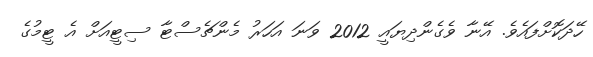
ހޭދަކޮށްފައެވެ. އޭނާ ވެގެންދިޔައީ 2012 ވަނަ އަހަރު މެންޗެސްޓާ ސިޓީއަށް އެ ޓީމުގެ